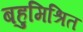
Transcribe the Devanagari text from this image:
बहुमिश्रित